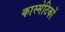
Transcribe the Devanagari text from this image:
कास्मेटिकों